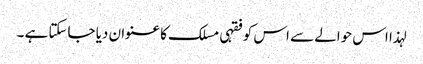
لہذا اس حوالے سے اس کو فقہی مسلک کا عنوان دیا جاسکتا ہے ۔